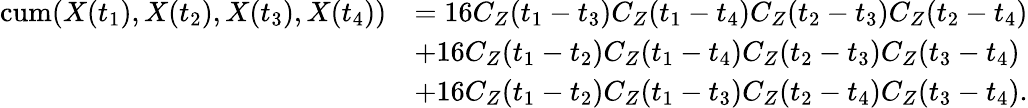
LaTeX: \begin{array}{rl}{\mathrm{cum}(X(t_{1}),X(t_{2}),X(t_{3}),X(t_{4}))}&{=16C_{Z}(t_{1}-t_{3})C_{Z}(t_{1}-t_{4})C_{Z}(t_{2}-t_{3})C_{Z}(t_{2}-t_{4})}\\ &{+16C_{Z}(t_{1}-t_{2})C_{Z}(t_{1}-t_{4})C_{Z}(t_{2}-t_{3})C_{Z}(t_{3}-t_{4})}\\ &{+16C_{Z}(t_{1}-t_{2})C_{Z}(t_{1}-t_{3})C_{Z}(t_{2}-t_{4})C_{Z}(t_{3}-t_{4}).}\end{array}